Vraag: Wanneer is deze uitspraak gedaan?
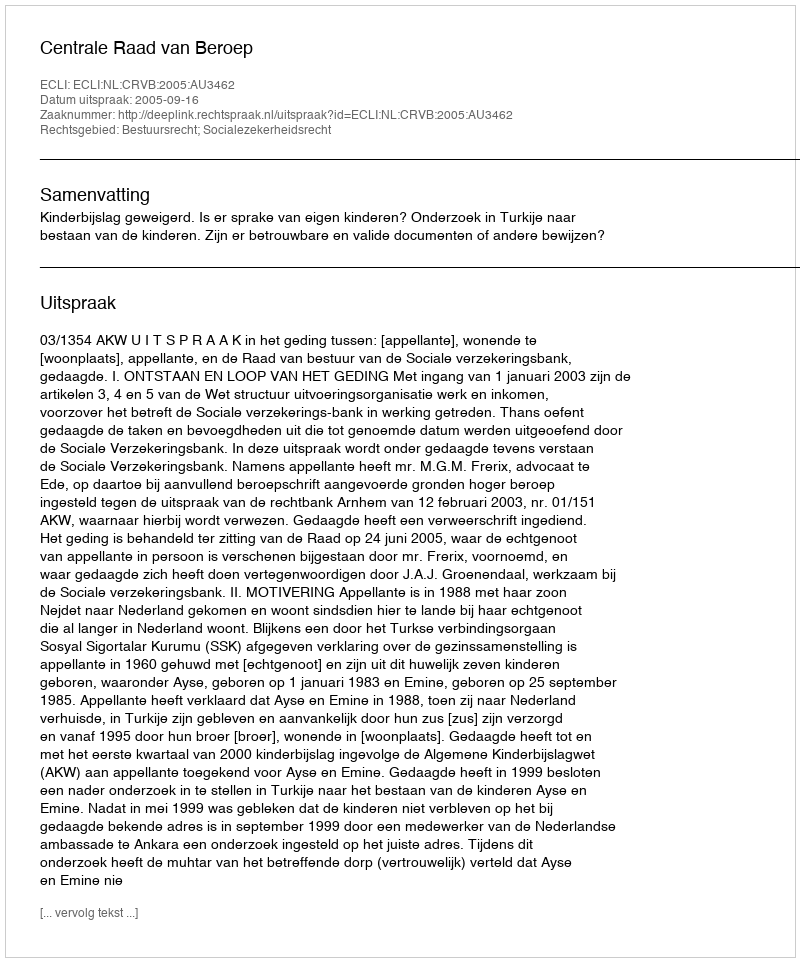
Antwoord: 2005-09-16